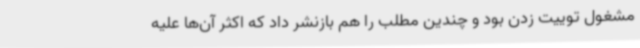
مشغول توییت زدن بود و چندین مطلب را هم بازنشر داد که اکثر آن‌ها علیه